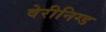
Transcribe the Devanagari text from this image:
वेरीनिग्ड